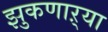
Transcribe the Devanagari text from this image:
झुकणाऱ्या